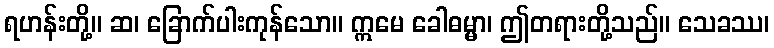
ရဟန်းတို့။ ဆ၊ ခြောက်ပါးကုန်သော။ ဣမေ ခေါဓမ္မာ၊ ဤတရားတို့သည်။ သေခဿ၊